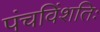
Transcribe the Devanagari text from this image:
पंचविंशतिः